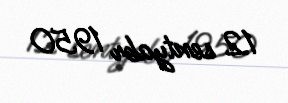
12 sentyabr 1950